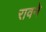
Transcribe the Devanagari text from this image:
रावने